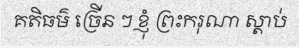
គតិធម៌ ច្រើន ៗ ខ្ញុំ ព្រះករុណា ស្តាប់